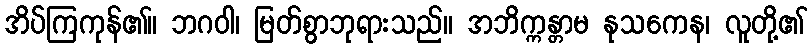
အိပ်ကြကုန်၏။ ဘဂဝါ၊ မြတ်စွာဘုရားသည်။ အဘိက္ကန္တာမ နုသကေန၊ လူတို့၏